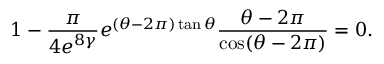
1 - \frac { \pi } { 4 e ^ { 8 \gamma } } e ^ { ( \theta - { 2 \pi } ) \tan \theta } \frac { \theta - { 2 \pi } } { \cos ( \theta - { 2 \pi } ) } = 0 .